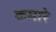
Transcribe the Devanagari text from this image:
कमारे